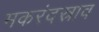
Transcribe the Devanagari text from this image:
मकरंदस्राव